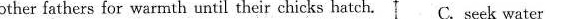
other fathers for warmth until their chicks hatch.C. Seek water